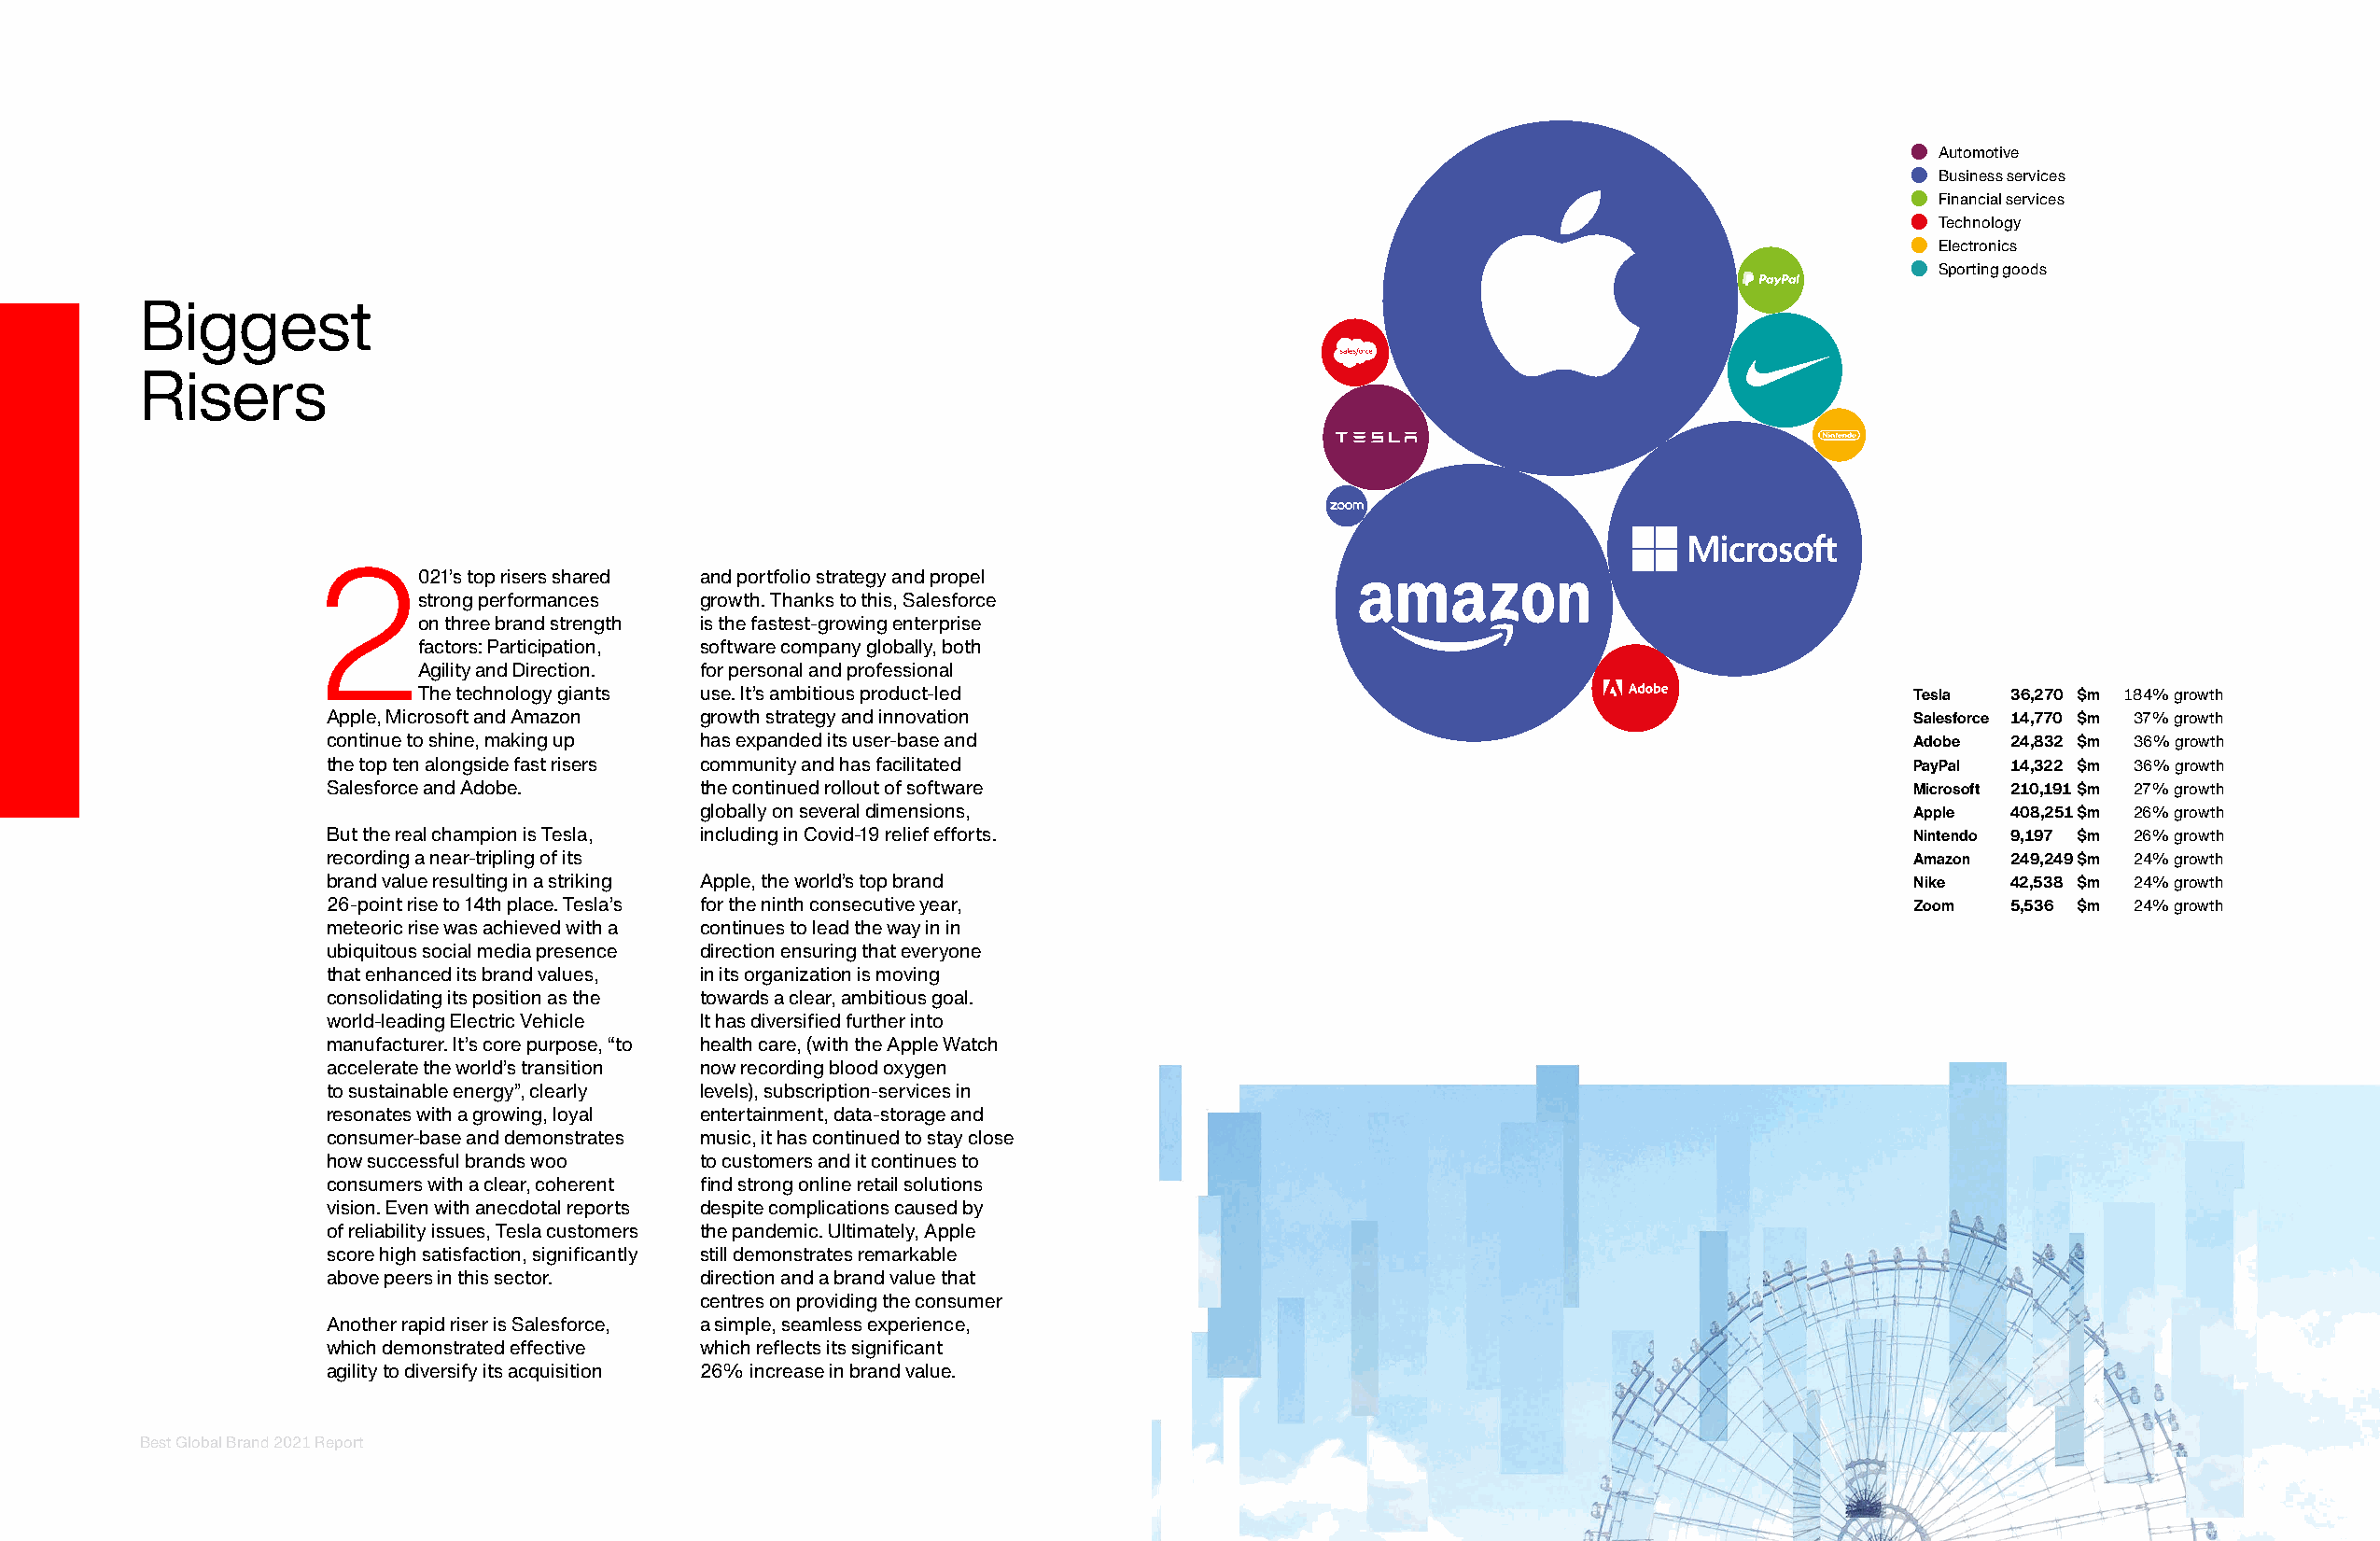
Automotive
 Business services
 Financial services
 Technology
 Electronics
 Sporting goods
 Biggest
 Risers
 2021’s    top risers shared and portfolio strategy and propel
 strong performances growth. Thanks to this, Salesforce
 on three brand strength is the fastest-growing enterprise
 factors: Participation, software company globally, both
 Agility and Direction. for personal and professional
 The technology giants use. It’s ambitious product-led                                                     Tesla  36,270 $m 184% growth
 Apple, Microsoft and Amazon growth strategy and innovation                                                       Salesforce 14,770 $m 37% growth
 continue to shine, making up has expanded its user-base and                                                      Adobe  24,832 $m 36% growth
 the top ten alongside fast risers community and has facilitated                                                  PayPal 14,322 $m 36% growth
 Salesforce and Adobe.      the continued rollout of software                                                     Microsoft 210,191 $m 27% growth
 globally on several dimensions,                                                       Apple  408,251 $m 26% growth
 But the real champion is Tesla, including in Covid-19 relief efforts.                                            Nintendo 9,197 $m 26% growth
 recording a near-tripling of its                                                                                 Amazon 249,249 $m 24% growth
 brand value resulting in a striking Apple, the world’s top brand                                                 Nike   42,538 $m 24% growth
 26-point rise to 14th place. Tesla’s for the ninth consecutive year,                                             Zoom   5,536 $m 24% growth
 meteoric rise was achieved with a continues to lead the way in in
 ubiquitous social media presence direction ensuring that everyone
 that enhanced its brand values, in its organization is moving
 consolidating its position as the towards a clear, ambitious goal.
 world-leading Electric Vehicle It has diversified further into
 manufacturer. It’s core purpose, “to health care, (with the Apple Watch
 accelerate the world’s transition now recording blood oxygen
 to sustainable energy”, clearly levels), subscription-services in
 resonates with a growing, loyal entertainment, data-storage and
 consumer-base and demonstrates music, it has continued to stay close
 how successful brands woo  to customers and it continues to
 consumers with a clear, coherent find strong online retail solutions
 vision. Even with anecdotal reports despite complications caused by
 of reliability issues, Tesla customers the pandemic. Ultimately, Apple
 score high satisfaction, significantly still demonstrates remarkable
 above peers in this sector. direction and a brand value that
 centres on providing the consumer
 Another rapid riser is Salesforce, a simple, seamless experience,
 which demonstrated effective which reflects its significant
 agility to diversify its acquisition 26% increase in brand value.
 Best Global Brand 2021 Report                                                                                                                       19